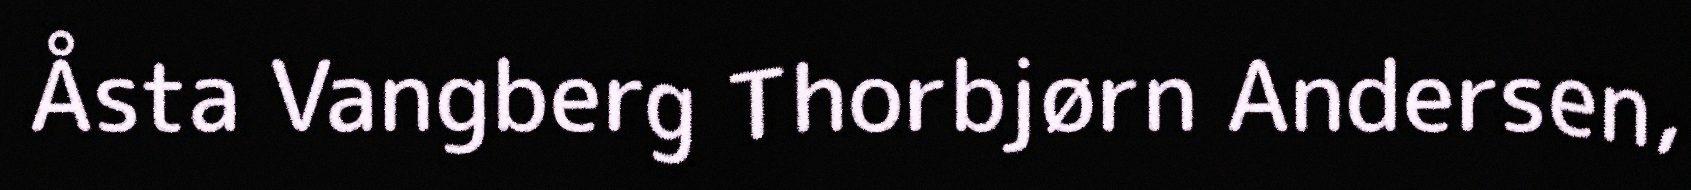
Åsta Vangberg Thorbjørn Andersen,